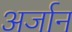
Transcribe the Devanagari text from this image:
अर्जान